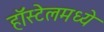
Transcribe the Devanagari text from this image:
हॉस्टेलमध्ये